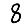
Digit: 8